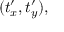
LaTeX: ( t _ { x } ^ { \prime } , t _ { y } ^ { \prime } ) ,